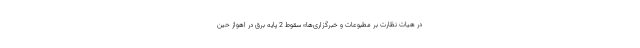
در هیات نظارت بر مطبوعات و خبرگزاری‌ها» سقوط 2 پایه برق در اهواز حین